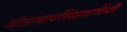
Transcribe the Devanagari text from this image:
श्रीप्रतापसिंहराजेंनी